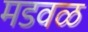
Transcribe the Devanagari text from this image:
मडवळ